Report on the administration of the Government Cinchona Department 1892-98
Year: 1892
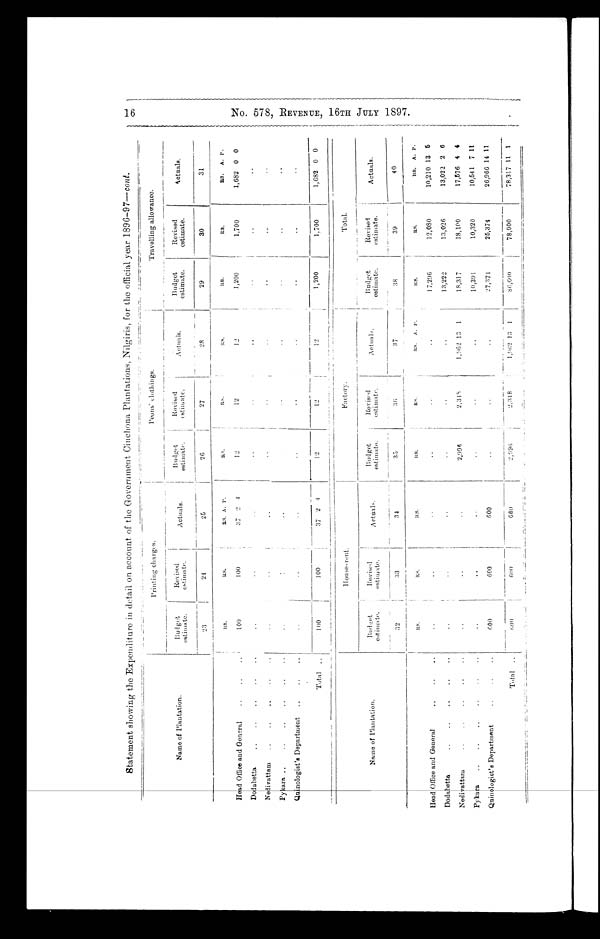
16 No. 578, REVENUE 16TH JULY 1897.
Statement showing the Expenditure in detail on account of the Government Cinchona Plantations, Nilgiris, for the official year 1896-97— cont.
Name of Plantation.
P r i n t i n g c h a r g e s
peons clothings.
Travelling allowance.
Budget estimate.
Re v i s e d
e s t i ma t e .
A c t u a l s .
Budget
estimate.
_
_ _
Re v i s e d
est i mat e.
Actuals.
Bu d g e t
est i mat e.
Revised
estimate
A c t u a l s .
2 3
24
25
26
27
28
2 9
30
31
R S .
R S . RS. A. P.
RS.
R S .
RS.
R S .
R S .
RS. A. P.
Head Office and General
..
..
..
100
109
37 2 4
1 2
12
12
1,200
1,700
1,682 0 0
Dodabetta
..
..
..
..
..
..
. .
..
. .
. .
. .
..
. .
..
Nelivattam
..
..
..
..
..
. .
. .
..
. .
. .
. . ..
. .
. .
..
Pykara ...
..
..
..
..
..
. . .
. .
..
..
...
. .
..
. .
..
Quinologist's Department
..
..
..
. .
. .
..
. .
. .
. .
. .
. .
..
Total ..
100
100
37 2 4
12
12
12
1 ,200
1,700
1,682 0 0
Name of Plantation.
H o u s e - r e n t .
F a c t o r y .
T o t a l .
Budget
estimate.
R e v i s e d
estimate
_________ _ _____
A c t u a l s
Bu d g e t
est i mat e.
Re v i s e d
estimate.
A c t u a l s .
Budget
estimate.
Re v i s e d
estimate.
A c t u a l s .
32
33
34
35
3 6
3 7
3 8
39
40
RS.
R S .
R S .
R S .
R S .
RS. A. P.
R S .
R S .
RS. A. P.
Head Office and General
.. ..
...
..
..
..
.. ..
..
17,296
12,080
10,210 13 6
Dodabetta
..
..
..
..
..
. .
. .
.. ..
..
13,222
13,026
13,022 2 6
Nedivattam
.. .. .. .. ..
..
..
. . .
2,996
2 , 3 1 8
1,962 13 1
18,317
18,100
17,576 4 4
Pykara
..
..
..
..
..
..
..
..
..
.. ..
. .
10,391
1 0 , 3 2 0
10,541 7 11
Quinologist's Department ..
6 0 0
_
6 0 0
6 0 0
..
. .
..
27,371
25,374
26,966 14 11
Total
...
6 0 0
6 0 0
6 0 0
2,996
2,318
1,962 11 1
86,600
78,900
78,317 11 1